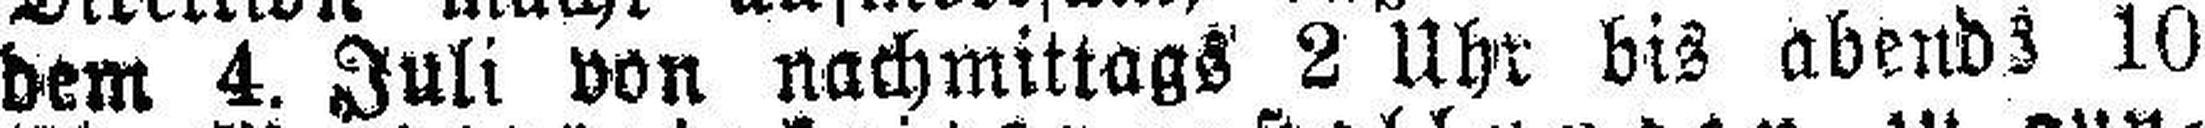
dem 4. Juli von nachmittags 2 Uhr bis abends 10